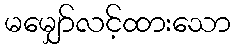
မမျှော်လင့်ထားသော